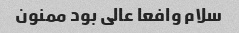
سلام وافعا عالی بود ممنون